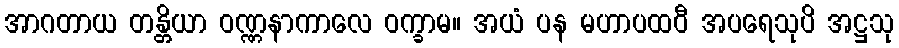
အာဂတာယ တန္တိယာ ဝဏ္ဏနာကာလေ ဝက္ခာမ။ အယံ ပန မဟာပထဝီ အပရေသုပိ အဋ္ဌသု